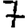
Digit: 7